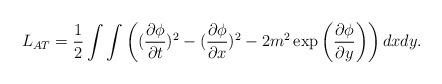
LaTeX: \begin{align*}L_{AT}={1\over2}\int \int \left(({\partial \phi \over \partial t})^2-({\partial \phi \over \partial x})^2- 2m^2\exp\left({\partial \phi \over \partial y}\right)\right) dx dy.\end{align*}